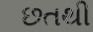
છતથી